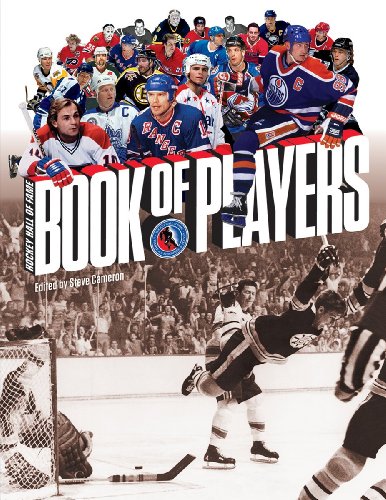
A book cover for Hockey Hall of Fame Book of Players; Sports & Outdoors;